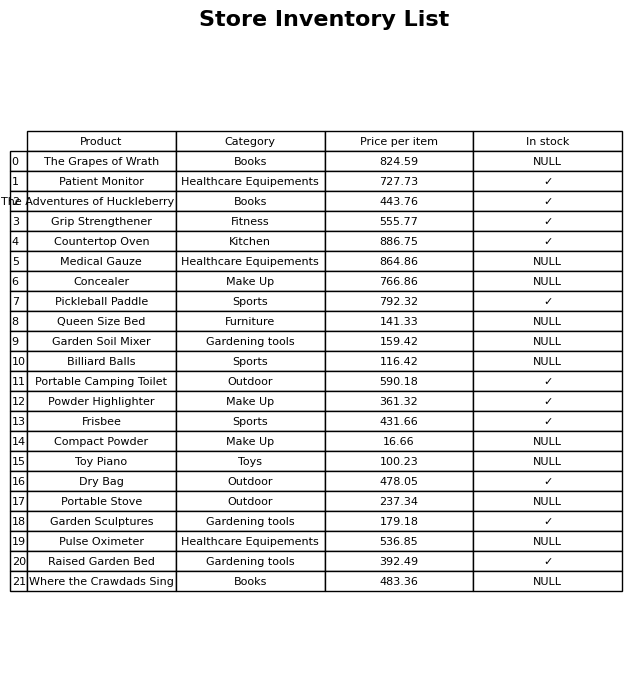
question: What is the price of the Where the Crawdads Sing?
answer: The price of Where the Crawdads Sing is 483.36.